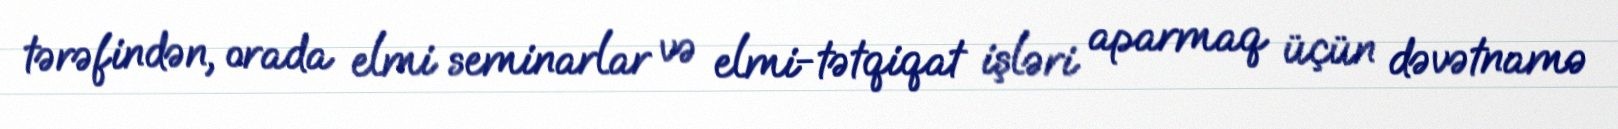
tərəfindən, orada elmi seminarlar və elmi-tətqiqat işləri aparmaq üçün dəvətnamə